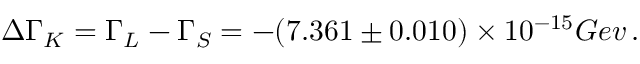
\Delta \Gamma _ { K } = \Gamma _ { L } - \Gamma _ { S } = - ( 7 . 3 6 1 \pm 0 . 0 1 0 ) \times 1 0 ^ { - 1 5 } G e v \, .